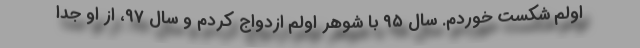
اولم شکست خوردم. سال ۹۵ با شوهر اولم ازدواج کردم و سال ۹۷، از او جدا